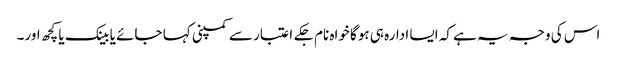
اس کی وجہ یہ ہے کہ ایسا ادارہ ہی ہوگا خواہ نام جکے اعتبار سے کمپنی کہا جائے یا بینک یا کچھ اور۔